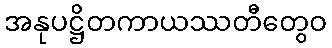
အနုပဋ္ဌိတကာယဿတီတွေဝ